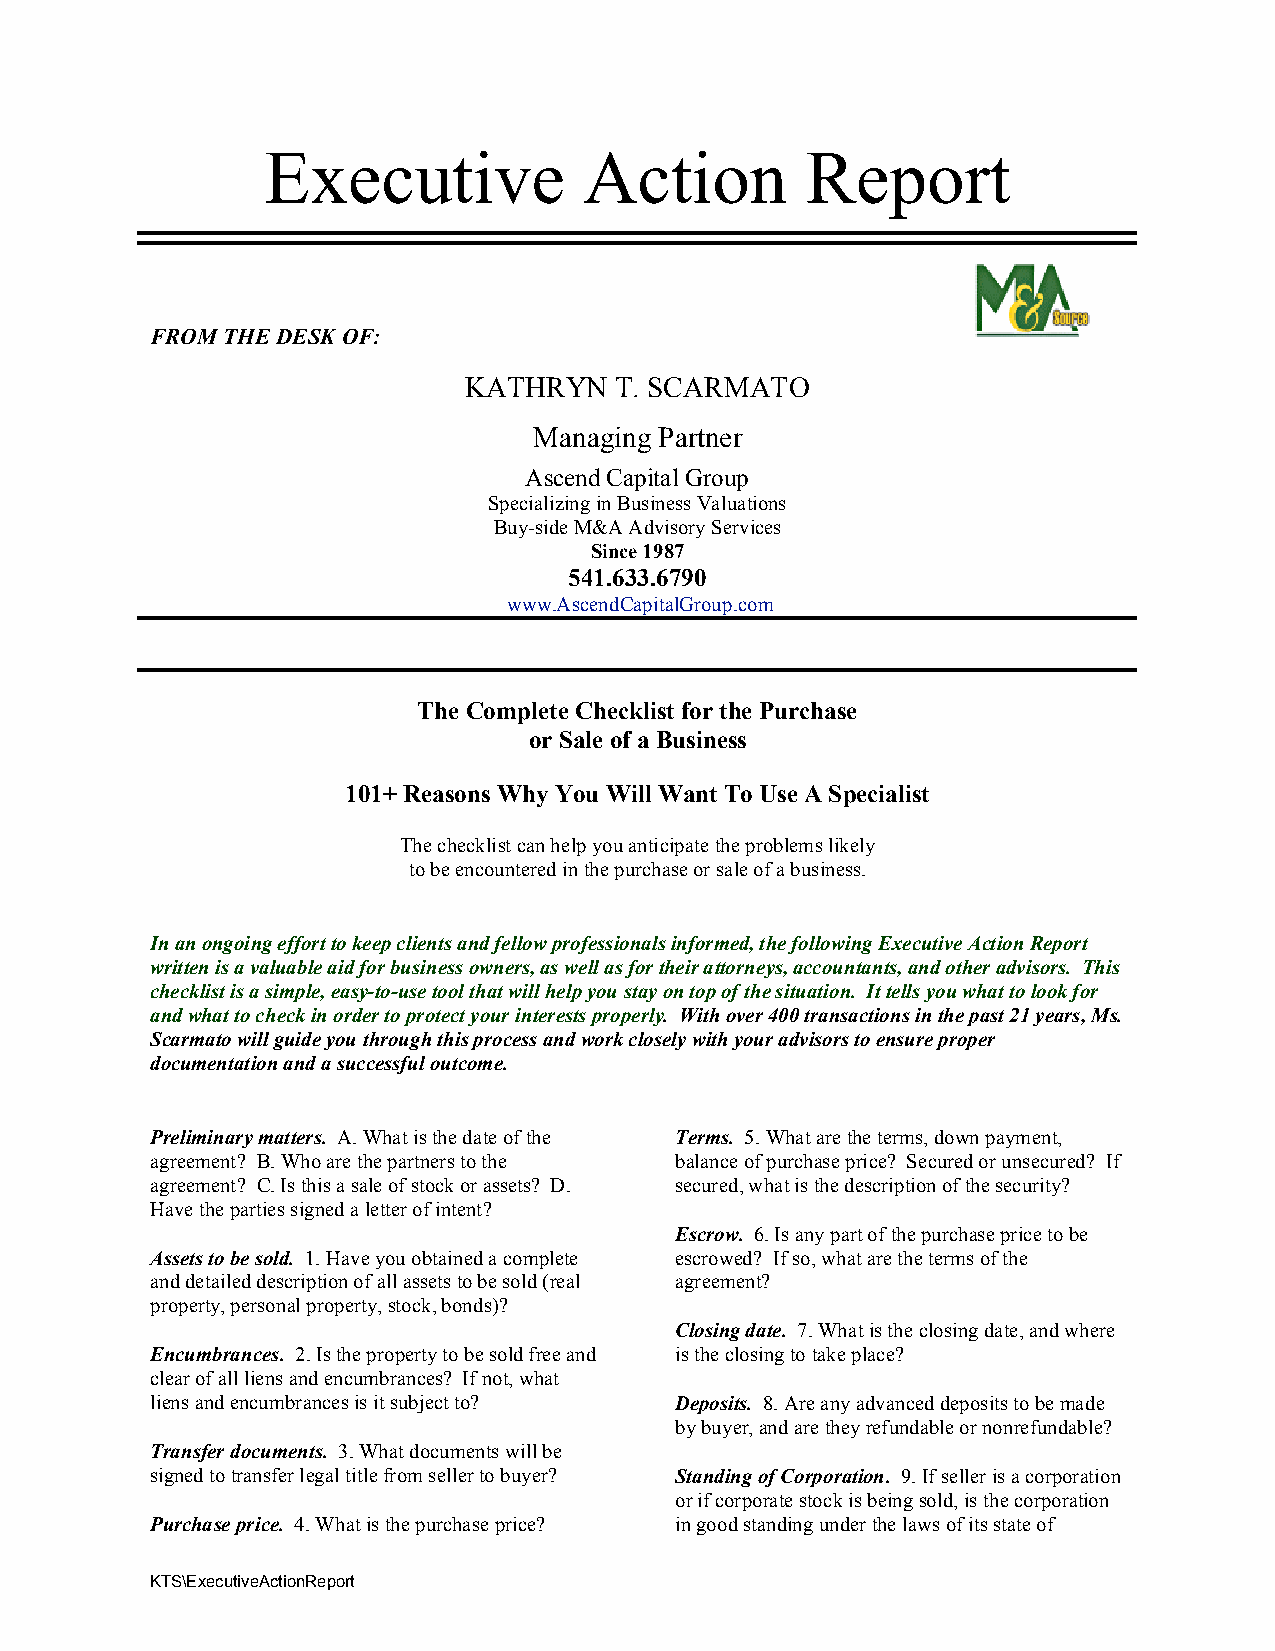
Executive            Action        Report
 FROM THE DESK OF:
 KATHRYN   T. SCARMATO
 Managing Partner
 Ascend Capital Group
 Specializing in Business Valuations
 Buy-side M&A Advisory Services
 Since 1987
 541.633.6790
 www.AscendCapitalGroup.com
 The Complete Checklist for the Purchase
 or Sale of a Business
 101+ Reasons Why You Will Want To Use A Specialist
 The checklist can help you anticipate the problems likely
 to be encountered in the purchase or sale of a business.
 In an ongoing effort to keep clients and fellow professionals informed, the following Executive Action Report
 written is a valuable aid for business owners, as well as for their attorneys, accountants, and other advisors. This
 checklist is a simple, easy-to-use tool that will help you stay on top of the situation. It tells you what to look for
 and what to check in order to protect your interests properly. With over 400 transactions in the past 21 years, Ms.
 Scarmato will guide you through this process and work closely with your advisors to ensure proper
 documentation and a successful outcome.
 Preliminary matters. A. What is the date of the Terms. 5. What are the terms, down payment,
 agreement? B. Who are the partners to the balance of purchase price? Secured or unsecured? If
 agreement? C. Is this a sale of stock or assets? D. secured, what is the description of the security?
 Have the parties signed a letter of intent?
 Escrow. 6. Is any part of the purchase price to be
 Assets to be sold. 1. Have you obtained a complete escrowed? If so, what are the terms of the
 and detailed description of all assets to be sold (real agreement?
 property, personal property, stock, bonds)?
 Closing date. 7. What is the closing date, and where
 Encumbrances. 2. Is the property to be sold free and is the closing to take place?
 clear of all liens and encumbrances? If not, what
 liens and encumbrances is it subject to? Deposits. 8. Are any advanced deposits to be made
 by buyer, and are they refundable or nonrefundable?
 Transfer documents. 3. What documents will be
 signed to transfer legal title from seller to buyer? Standing of Corporation. 9. If seller is a corporation
 or if corporate stock is being sold, is the corporation
 Purchase price. 4. What is the purchase price? in good standing under the laws of its state of
 KTS\ExecutiveActionReport